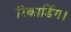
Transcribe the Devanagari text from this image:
रिकार्डिग।